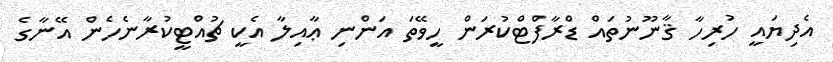
އެދިޔައީ ހުރިހާ ޤާނޫނުތައް ޑްރާފްޓްކުރަން ހީވޭތަ އަންނި ޢާއިލާ އެކީ ޗުއްޓީކުރާނެހެން އޭނާގެ